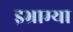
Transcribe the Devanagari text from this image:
इभ्राम्या